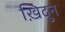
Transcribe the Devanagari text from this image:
ख़िदुन